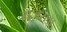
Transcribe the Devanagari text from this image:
युजरला